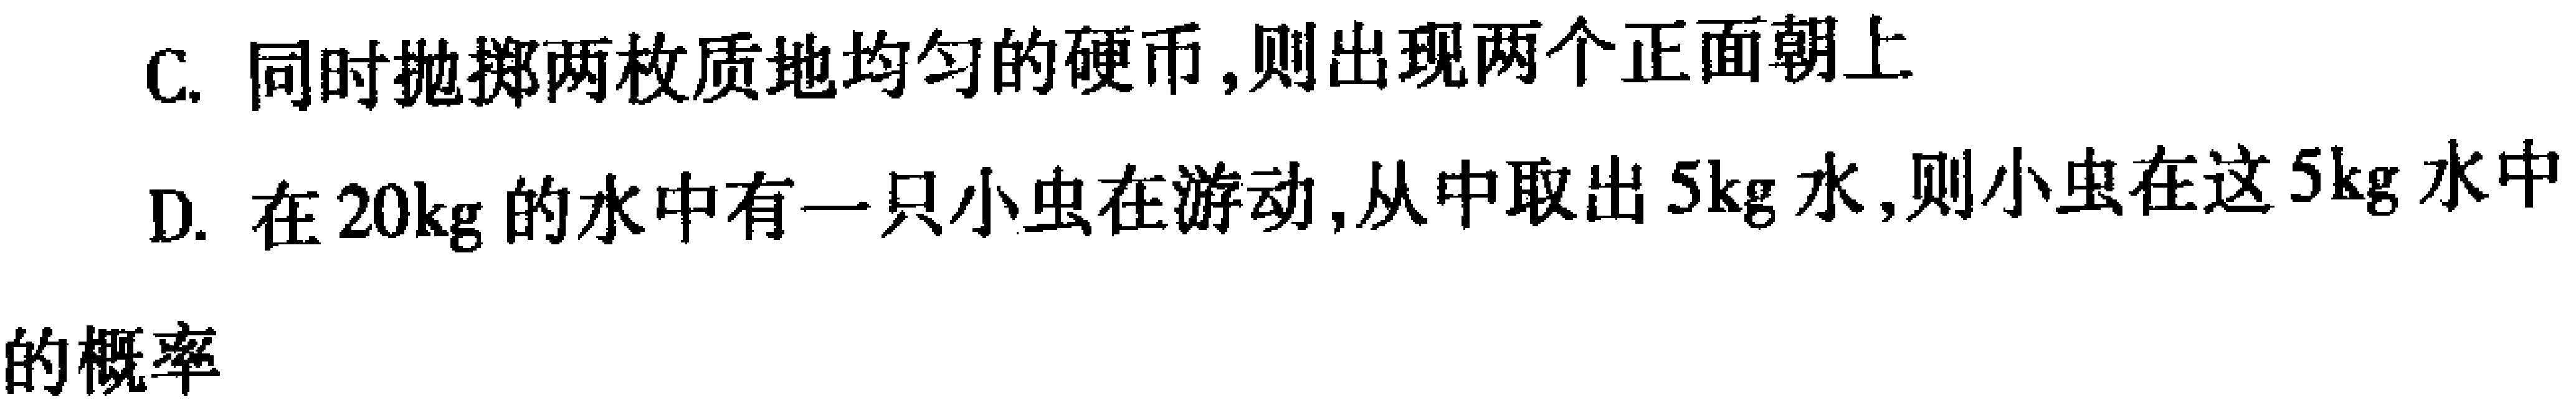
C. 同时抛掷两枚质地均匀的硬币,则出现两个正面朝上

D. 在\(20\text{kg}\)的水中有一只小虫在游动,从中取出\(5\text{kg}\)水,则小虫在这\(5\text{kg}\)水中的概率